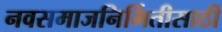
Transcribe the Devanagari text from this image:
नवसमाजनिर्मितीसाठी